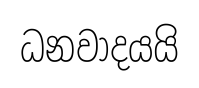
ධනවාදයයි